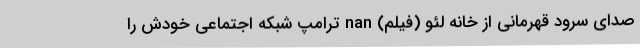
صدای سرود قهرمانی از خانه لئو (فیلم) nan ترامپ شبکه اجتماعی خودش را